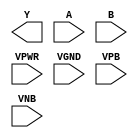
module sky130_fd_sc_hvl__nand2 (
    Y   ,
    A   ,
    B   ,
    VPWR,
    VGND,
    VPB ,
    VNB
);

    output Y   ;
    input  A   ;
    input  B   ;
    input  VPWR;
    input  VGND;
    input  VPB ;
    input  VNB ;
endmodule